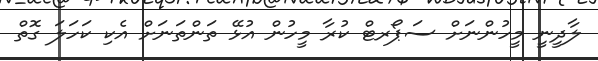
ލާދީނީ މީހުންނަށް ސަޕޯރޓް ކުރާ މީހުން އުޅޭ ތަންތަނަށް އެކި ކަހަލަ ގޮތް